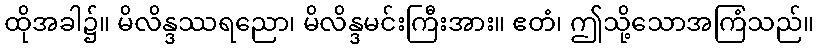
ထိုအခါ၌။ မိလိန္ဒဿရညော၊ မိလိန္ဒမင်းကြီးအား။ ဧတံ၊ ဤသို့သောအကြံသည်။